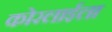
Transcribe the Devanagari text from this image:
कोरलाईला